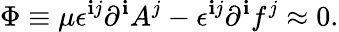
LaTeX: \Phi\equiv\mu\epsilon^{\mathbf{i}j}\partial^{\mathbf{i}}A^{j}-\epsilon^{\mathbf{i}j}\partial^{\mathbf{i}}f^{j}\approx0.